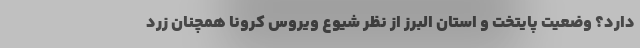
دارد؟ وضعیت پایتخت و استان البرز از نظر شیوع ویروس کرونا همچنان زرد